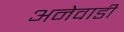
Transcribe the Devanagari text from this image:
अनेवाडी